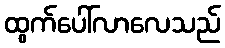
ထွက်ပေါ်လာလေသည်